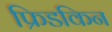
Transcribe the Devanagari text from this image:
फ्रिडकिन